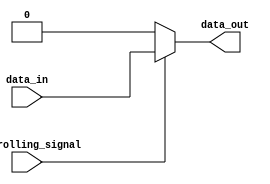
module bidirectional_buffer (
    input controlling_signal,
    input data_in,
    output reg data_out
);

always @ (controlling_signal, data_in)
begin
    if (controlling_signal)
        data_out <= data_in;
    else
        data_out <= 1'b0;
end

endmodule